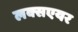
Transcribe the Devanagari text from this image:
लक्सएयर